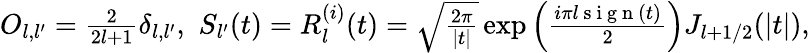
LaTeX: \begin{array}{r}{O_{l,l^{\prime}}=\frac{2}{2l+1}\delta_{l,l^{\prime}},\, \, S_{l^{\prime}}(t)=R_{l}^{(i)}(t)=\sqrt{\frac{2\pi}{|t|}}\exp\left(\frac{i\pi l\mathrm{~s~i~g~n~}(t)}{2}\right)J_{l+1/2}(|t|),}\end{array}